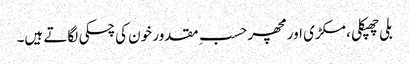
بلی چھپکلی ، مکڑی اور مچھر حسبِ مقدور خون کی چسکی لگاتے ہیں۔